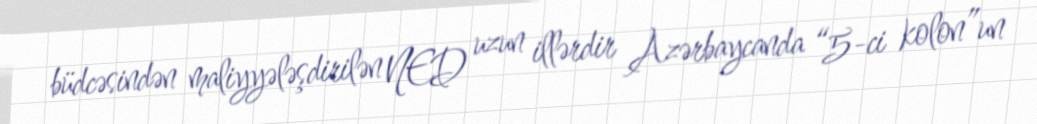
büdcəsindən maliyyələşdirilən NED uzun illərdir Azərbaycanda “5-ci kolon”un